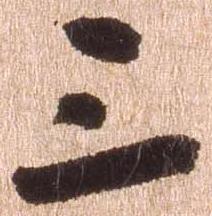
三